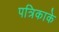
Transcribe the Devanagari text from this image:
पत्रिकाके